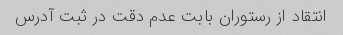
انتقاد از رستوران بابت عدم دقت در ثبت آدرس